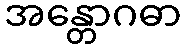
အန္တောဂဓာ